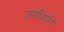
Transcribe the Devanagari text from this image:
उपाधिपति